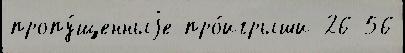
пропу́щенныjе про́игрыши 26 56